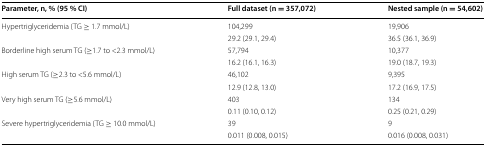
| Parameter, n, % (95 % CI) | Full dataset (n = 357,072) | Nested sample (n = 54,602) |
 | --- | --- | --- |
 | <ROWSPAN=2> Hypertriglyceridemia (TG ≥ 1.7 mmol/L) | 104,299 | 19,906 |
 | 29.2 (29.1, 29.4) | 36.5 (36.1, 36.9) |
 | <ROWSPAN=2> Borderline high serum TG (≥1.7 to <2.3 mmol/L) | 57,794 | 10,377 |
 | 16.2 (16.1, 16.3) | 19.0 (18.7, 19.3) |
 | <ROWSPAN=2> High serum TG (≥2.3 to <5.6 mmol/L) | 46,102 | 9,395 |
 | 12.9 (12.8, 13.0) | 17.2 (16.9, 17.5) |
 | <ROWSPAN=2> Very high serum TG (≥5.6 mmol/L) | 403 | 134 |
 | 0.11 (0.10, 0.12) | 0.25 (0.21, 0.29) |
 | <ROWSPAN=2> Severe hypertriglyceridemia (TG ≥ 10.0 mmol/L) | 39 | 9 |
 | 0.011 (0.008, 0.015) | 0.016 (0.008, 0.031) |